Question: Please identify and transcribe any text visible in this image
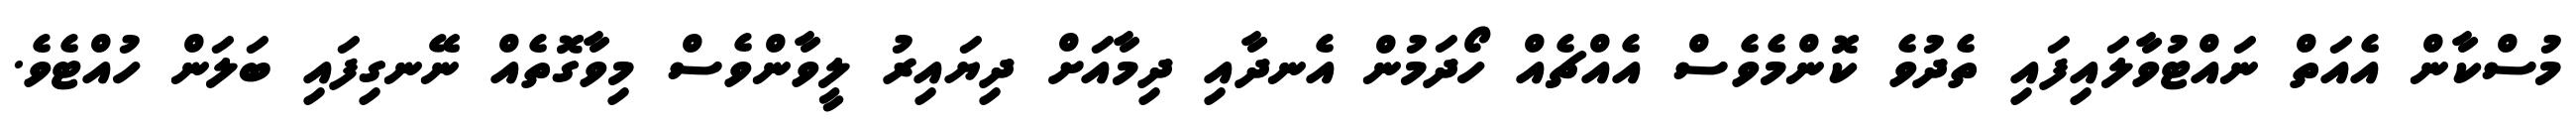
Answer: މުސްކާން އެއަތް ނައްޓުވާލައިފައި ތެދުވެ ކޮންމެވެސް އެއްޗެއް ހޯދަމުން އެނދާއި ދިމާއަށް ދިޔައިރު ލީވާންވެސް މިވާގޮތެއް ނޭނގިފައި ބަލަން ހުއްޓެވެ.